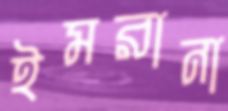
ইমরানা